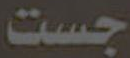
جست